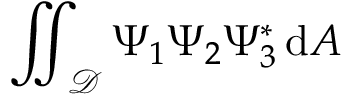
\iint _ { \mathcal { D } } \Psi _ { 1 } \Psi _ { 2 } \Psi _ { 3 } ^ { * } \, \mathrm { d } A